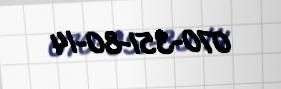
070-351-80-14